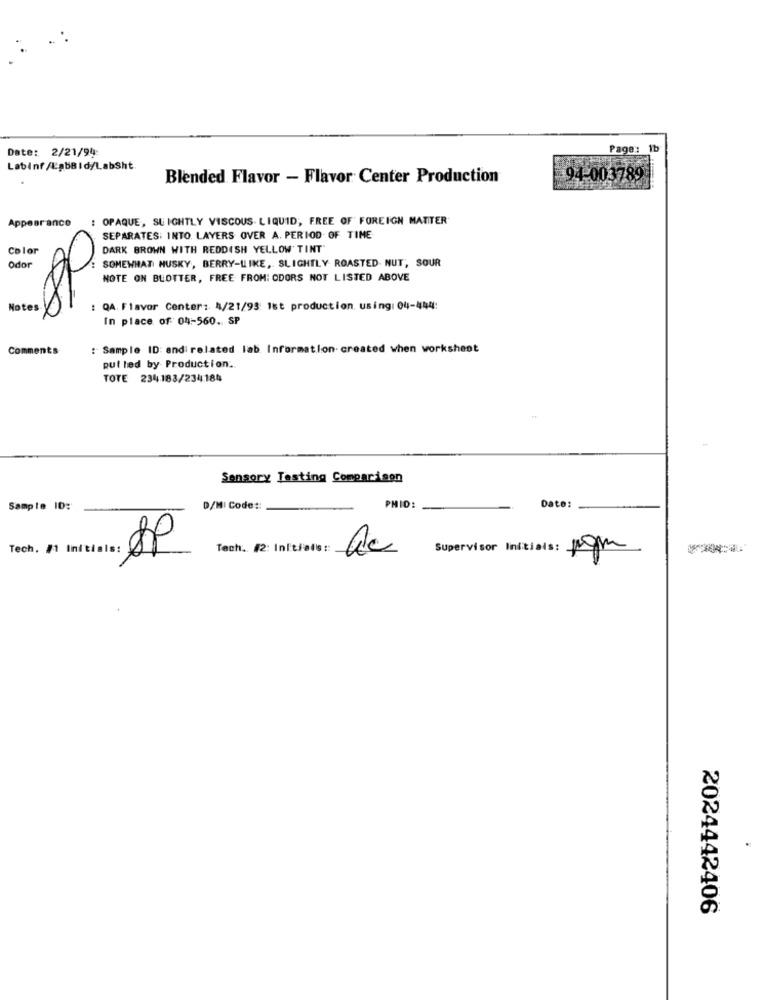
Date: 2/21/94
Page: 1b
Labinf/LabBId/LabSht
Blended Flavor - Flavor Center Production
94-003789
Appear ance
: OPAQUE, SLIGHTLY VISCOUS. LIQUID, FREE OF FOREIGN MATTER
SEPARATES: INTO. LAYERS OVER A. PERIOD OF TIME
Color
DARK BROWN WITH REDDISH YELLOW TINT"
SOMEWHAT NUSKY, BERRY-LIKE, SLIGHTLY ROASTED. NUT, SOUR
Odor
NOTE ON BLOTTER, FREE FROM: ODORS NOT LISTED ABOVE
Notes
: QA. Flavor Center: 4/21/93: 1st production. using: 04-444:
In place of 04-560. SP
Comments
: Sample ID: and related lab Information. created when worksheet
pul led by Production.
TOTE 234183/234184
Sensory Testing Comparison
Sample ID:
D/MI Code ::
PMID:
Date:
Tech. #1 Initials:
SP
Tech. #2: Initials ::
ac
Supervisor Initials: pom
2024442406